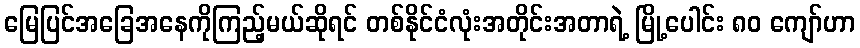
မြေပြင်အခြေအနေကိုကြည့်မယ်ဆိုရင် တစ်နိုင်ငံလုံးအတိုင်းအတာရဲ့ မြို့ပေါင်း ၈၀ ကျော်ဟာ